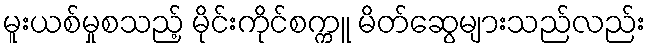
မူးယစ်မှုစသည့် မိုင်းကိုင်စက္ကူ မိတ်ဆွေများသည်လည်း